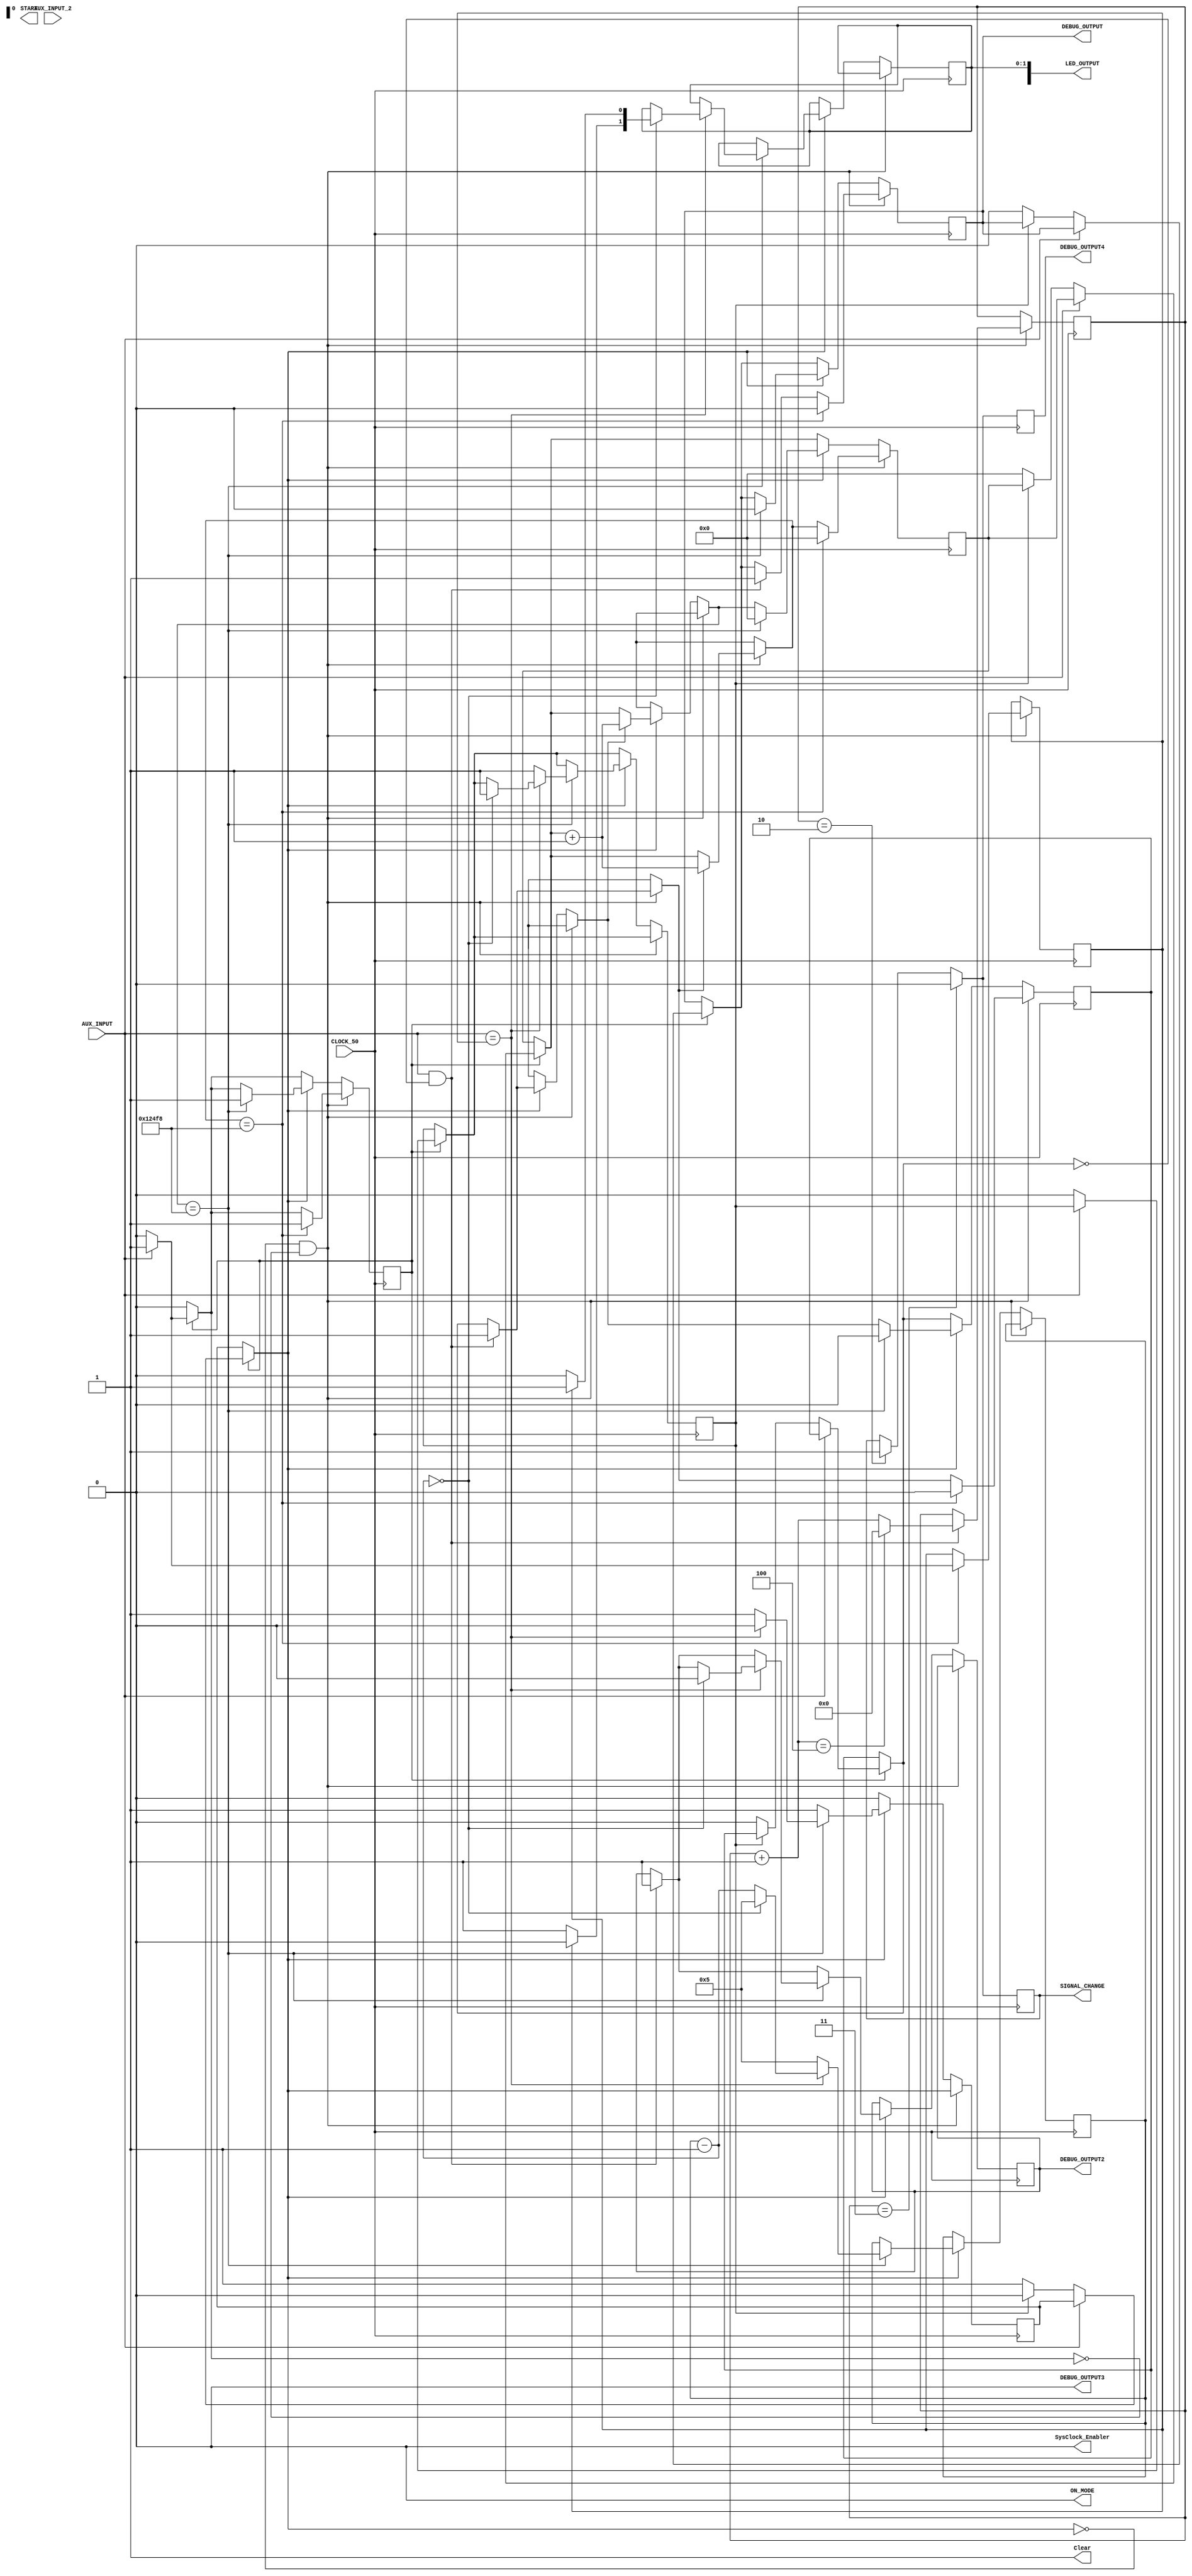
module FinishedCompleteCounter (CLOCK_50,AUX_INPUT, AUX_INPUT_2, DEBUG_OUTPUT, 
			LED_OUTPUT, ON_MODE, START, SysClock_Enabler, Clear, DEBUG_OUTPUT2,
				DEBUG_OUTPUT3, DEBUG_OUTPUT4, SIGNAL_CHANGE);	
		
		input [0:0] CLOCK_50;
		output reg [0:0] SIGNAL_CHANGE;
		wire [25:0] CountValue;
		reg [0:0] Enabler;
		output reg [0:0] ON_MODE;
		input [0:0] AUX_INPUT;	// input from the signal generator, or AUX input
		input [0:0] AUX_INPUT_2;	 // another input 
		output reg Clear;
		output[0:0] START;
		wire [2:0] TEMP_COUNT; 
		output reg [0:0] DEBUG_OUTPUT;
		output reg [3:0] LED_OUTPUT;		
		output reg [0:0] SysClock_Enabler;
		output reg [0:0] DEBUG_OUTPUT2;
		output reg[0:0] DEBUG_OUTPUT4;
		output reg [0:0] DEBUG_OUTPUT3;
		
		reg  back_to_mode_zero= 0;
		reg mode_to_operate = 0; //  0 for find count, 1 for checking for it.
		reg checker_count = 0;
		reg start_checker_count = 0;
		reg determine_count = 0;
		reg count_one = 50500;
		reg count_two = 95000;
		reg to_check = 0;
		reg trials = 20;
		reg count_so_far = 0;
		reg begin_determining = 0;
		
			reg  [25:0]count = 0;
	reg [3:0]times_to_check = 5;
	reg start_count = 0;
	reg input_is_off = 1;
	reg [4:0]test_count = 0;
		initial
	begin
		Clear = 1;
		checker_count = 0;
		test_count = 0;
		Enabler = 0;
		SysClock_Enabler = 0;
		SIGNAL_CHANGE = 1;
		//START  = 0;
		DEBUG_OUTPUT = 0;
		DEBUG_OUTPUT2 = 0;
		DEBUG_OUTPUT3 = 0;
		ON_MODE = 0;
		determine_count = 0;
	//	OFF_MODE = 0;
	end

	always @(posedge CLOCK_50)
	begin
		//DEBUG_OUTPUT3 = determine_count;
		if(begin_determining  == 1)
		begin
			if(AUX_INPUT == 0)
			begin
				if(back_to_mode_zero == 1)
					begin
					determine_count = 0;
					begin_determining = 0;
					back_to_mode_zero = 0; // reset
					end
				else
				begin
					DEBUG_OUTPUT = 0; //
					determine_count = 1;
					begin_determining = 0;
					count = 0;
					start_count = 0;
				end
			end
		end
		
		
	  if(test_count ==2)
			begin
				SIGNAL_CHANGE = 1;
			end
		if(test_count == 3)
			begin
				SIGNAL_CHANGE = 0;
			end
			
		DEBUG_OUTPUT4 = SIGNAL_CHANGE;
	
		
	  if(determine_count == 0  && begin_determining == 0)
	  begin
			 
			 mode_to_operate = 0;
		//	DEBUG_OUTPUT3 = 1;
			// code to chose the mode.
			if(AUX_INPUT == 1  && start_count == 0)
			begin
				test_count = test_count + 1;
				if(test_count == 4)
					begin
						test_count = 0;
					end
			  DEBUG_OUTPUT = 1;
				start_count = 1;
			end
			if(start_count == 1  /*&& AUX_INPUT  == 1*/)
			begin
				count = count + 1;
				//start_count = 0;
			end
			if(count == 75000)
			begin
				DEBUG_OUTPUT = 0;
				// Now figure out what to check at that point.
				if(AUX_INPUT == 1)
				begin
					to_check = 1;
				end
				else
				begin
					to_check = 0;
				end
				count = 0; // reset.
				start_count = 0;
				begin_determining = 1;
			end
	  end
	  else
	  begin
	     if(determine_count == 1 /*&& AUX_INPUT == 1*/)
		  begin
		  mode_to_operate = 1;
			//DEBUG_OUTPUT3 = 0;
		 	if(AUX_INPUT == 1  && start_count == 0)
			begin
			DEBUG_OUTPUT2 = 1;
			//	DEBUG_OUTPUT = 1;
				start_count = 1;
			end
			if(start_count == 1 /*&& AUX_INPUT == 1*/) // uncommenting this makes it all work....
			begin
				count = count + 1;
			//	start_count = 0;
			end
			if(count == 75000)
			begin
			//DEBUG_OUTPUT3 = 1;
				count = 0;
				start_count = 0;
				DEBUG_OUTPUT = 0;
				if(AUX_INPUT == to_check) // what we expected...
				begin
					// Again, we need to  skip the remaining positive edges of the AUX_INPUT.
					begin_determining = 1;
					determine_count = 0;
					times_to_check = times_to_check - 1;
					if(times_to_check == 0)
					begin
						// We have arrived at a  mode. Display this as an output.
				//		DEBUG_OUTPUT = 1;
						if(to_check == 1)
						begin
							LED_OUTPUT[0] = 1;
							LED_OUTPUT[1] = 0;
						end
						else
						begin
							LED_OUTPUT[0] = 0;
							LED_OUTPUT[1] = 1;
						end
						DEBUG_OUTPUT2 = 0;
						times_to_check = 5;
						begin_determining = 1; // Skip the remaining positive edge of AUX_INPUT.
					//	begin_determining = 0;
						count = 0;
						start_count = 0;
						back_to_mode_zero = 1; 
					//	determine_count = 0;
					end
				end
				else
				begin
					times_to_check = 5;
					back_to_mode_zero = 1; 
				//	determine_count = 0;
				//	begin_determining = 0;
					begin_determining = 1; // Skip the remaining positive edge of AUX_INPUT.
					count = 0;
					start_count = 0;
				end
			end
		 end
	  end
	end

	
	
	/*
	
	always @(posedge CLOCK_50)
	begin
	   if(start_count == 1)
		begin
			count = count + 1;
		end
		if(count == 75000)
			begin
				determine_count = 1;
				DEBUG_OUTPUT = 1; 
				start_count = 0;
				count = 0;
			end

		if(AUX_INPUT == 1 && input_is_off == 1)//  the input was turned  off...
			begin
				input_is_off = 0;
				start_count = 1;
				DEBUG_OUTPUT = 0;
				count = count + 1; 
		end
	   if(AUX_INPUT == 1 &&  start_count == 0)
		 input_is_off = 0;
	/*		if(AUX_INPUT)
		begin
			
			count = count + 1;
//			DEBUG_OUTPUT = 1;
		end
		begin
			count = 0;
//			DEBUG_OUTPUT = 0;
		end
		
		DEBUG_OUTPUT = AUX_INPUT;
		
	end
	
	/*always @(posedge CLOCK_50)
	begin
	count = count + 1;
	
//	if(AUX_INPUT) // start counting....
//			begin
		//		DEBUG_OUTPUT = 1;
	//			Clear = 0;
	//		end
	if(count == 26'd1050000)
		begin
			DEBUG_OUTPUT = 0;//  finish counting....
//			Clear = 1;
			count = 26'd0;
		end
	else
	begin
		DEBUG_OUTPUT = 1K;
	end
	end
			
/*	
	always @(posedge CLOCK_50)
	begin
		

		if(CountValue == 1049999) //  the length of the wave
		begin
			DEBUG_OUTPUT = ~DEBUG_OUTPUT;
//			Clear = 1;
		end
	end
	
	
	/*
	always @(CountValue)
	begin
		if(determine_count
		if(CountValue  == 75000)
		begin
			determine_count = 1; // start to check for this count to confirm.
			if(AUX_INPUT)
			begin
				// this is mode 1.
				to_check = count_one;
			end
			else
			begin
	
				to_check  = count_two;
			end
		end
	end


	always @(AUX_INPUT)
	begin
	   if(AUX_INPUT)
		begin
			SysClock_Enabler = 1; // start counting
			DEBUG_OUTPUT = 0;
		end
		else
		begin
		count_so_far = CountValue;
		if(determine_count == 0)
		begin
			if(CountValue == 75000) // check if input is zero or a one.
			begin
					to_check = count_one;				
					DEBUG_OUTPUT = 1;
			end
			else if(CountValue  == 95000)
			begin
					to_check = count_two;
					DEBUG_OUTPUT = 1;
			end
//			else
//			begin
				// counted to something garbage....
				// stay in the same mode, do nothing.
//			end
		end
		else
		begin
			if(CountValue == to_check)
			begin
				to_check = to_check - 1;
				if(to_check <= 0)
				begin
					// set the desired mode.
					if(to_check == count_one)
						ON_MODE = 0;
					else if(to_check == count_two)
 						begin
						ON_MODE = 1;
						end
					to_check = 21;
				end
			end
			else
			begin
				// garbage count...
				// reset....
				to_check = 21;
				determine_count = 0;
			end
		end
		// Clear the count..
	//	SysClock_Enabler = 0;
	//	Clear = 1;
		end
	end
/*
	always @(negedge AUX_INPUT)
	begin
	end
	
/*
   always @(AUX_INPUT)
	begin
		if(AUX_INPUT)
		begin
			// start counting.
			SysClock_Enabler = 1;
		end
	end

	always @(posedge CLOCK_50)
	begin
		// check if count is complete.
		if(CountValue == 75000) // the intermediate value.
		begin
			if(AUX_INPUT)
			begin
				// this means it is the 1.9m/s one.
				Clear =  1;
			end
		end
	end
	*/ 
//	AlterCounter my_counter(CLOCK_50, Clear, CountValue);
//	AlteraInputCounter my_counter (CLOCK_50, Clear, CountValue);
//	PWMCounter altera_counter (SysClock_Enabler,CLOCK_50, 0, CountValue);
	
endmodule